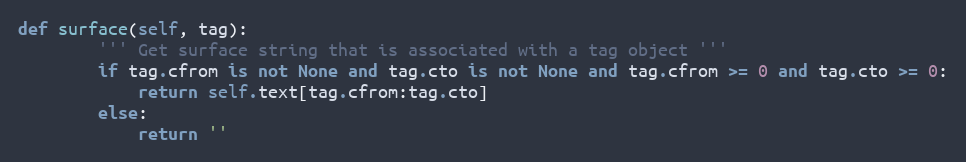
Language: Python
def surface(self, tag):
        ''' Get surface string that is associated with a tag object '''
        if tag.cfrom is not None and tag.cto is not None and tag.cfrom >= 0 and tag.cto >= 0:
            return self.text[tag.cfrom:tag.cto]
        else:
            return ''